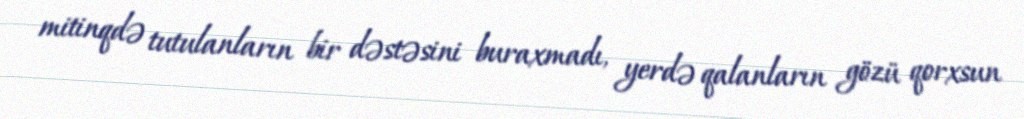
mitinqdə tutulanların bir dəstəsini buraxmadı, yerdə qalanların gözü qorxsun